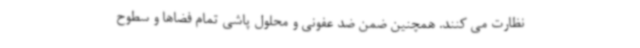
نظارت می کنند. همچنین ضمن ضد عفونی و محلول پاشی تمام فضاها و سطوح